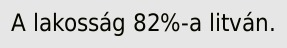
A lakosság 82%-a litván.